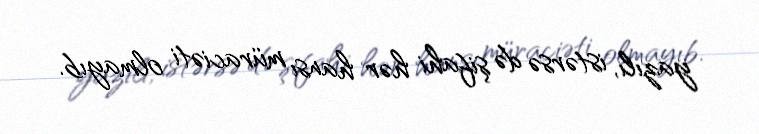
yazılı, istərsə də şifahi hər hansı müraciəti olmayıb.